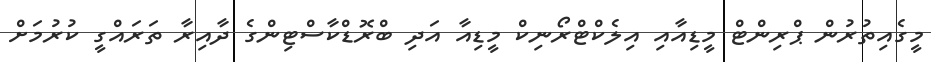
މީގެއިތުރުން ޕްރިންޓް މީޑިއާއި އިލެކްޓްރޯނިކް މީޑިއާ އަދި ބްރޮޑްކާސްޓިންގެ ދާއިރާ ތަރައްގީ ކުރުމަށް